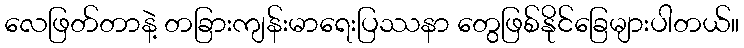
လေဖြတ်တာနဲ့ တခြားကျန်းမာရေးပြဿနာ တွေဖြစ်နိုင်ခြေများပါတယ်။